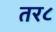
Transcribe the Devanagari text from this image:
तर८